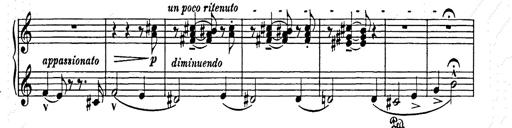
Title: Elegy No.1
Composer: Franz Liszt
Key: A-flat major